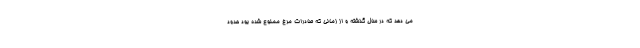
می دهد که در سال گذشته و از زمانی که صادرات مرغ ممنوع شده بود حدود